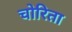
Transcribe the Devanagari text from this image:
चोरिता